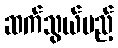
ဆက်သွယ်မည့်